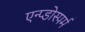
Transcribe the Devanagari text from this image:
एन्प्डोस्पर्म